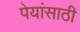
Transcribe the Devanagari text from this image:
पेयांसाठी